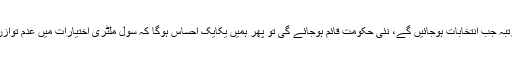
لیکن ایک مرتبہ جب انتخابات ہوجائیں گے، نئی حکومت قائم ہوجائے گی تو پھر ہمیں یکایک احساس ہوگا کہ سول ملٹری اختیارات میں عدم توازن موجود ہے۔